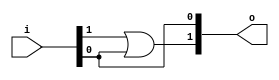
module bsg_scan_2_1_1
(
  i,
  o
);

  input [1:0] i;
  output [1:0] o;
  wire [1:0] o;
  assign o[0] = i[0] | 1'b0;
  assign o[1] = i[1] | i[0];

endmodule